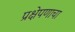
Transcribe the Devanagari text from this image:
प्रक्षेपणाचा